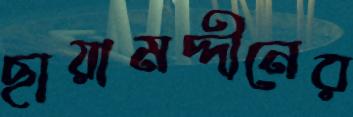
ছায়ামদ্দীনের